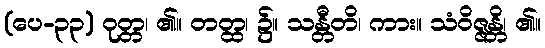
(ပေ-၃၃) ဝုတ္တ၊ ၏။ တတ္ထ၊ ၌။ သန္တီတိ၊ ကား။ သံဝိဇ္ဇန္တိ၊ ၏။